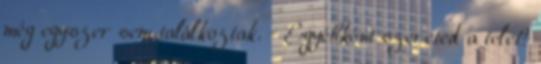
még egyszer sem találkoztak. - Egyébként szereted a telet?